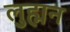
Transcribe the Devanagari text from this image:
लुह्मन